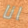
انا